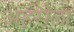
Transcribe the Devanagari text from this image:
अहरोला